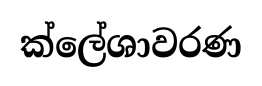
ක්ලේශාවරණ